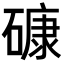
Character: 𥕎